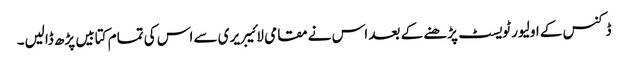
ڈکنس کے اولیور ٹویسٹ پڑھنے کے بعد اس نے مقامی لائیبریری سے اس کی تمام کتابیں پڑھ ڈالیں۔